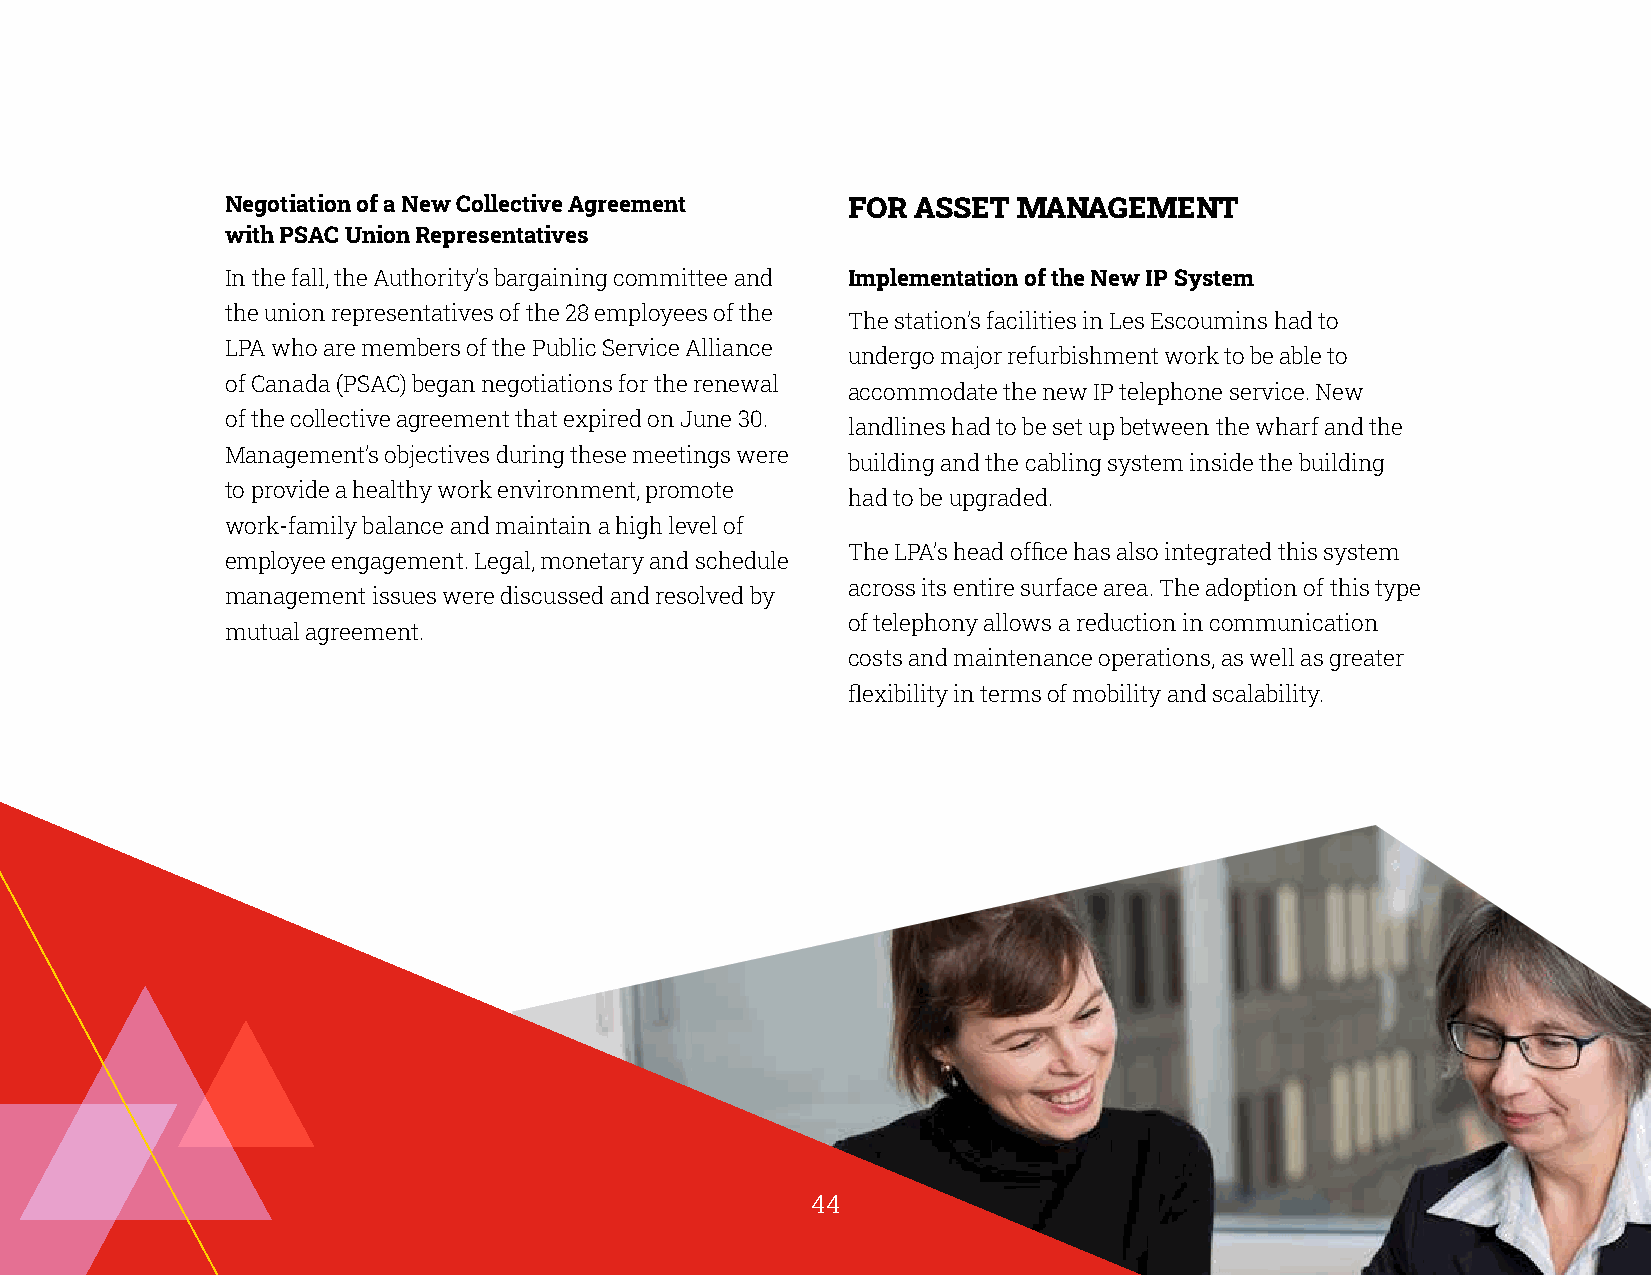
Negotiation of a New Collective Agreement FOR ASSET MANAGEMENT
 with PSAC Union Representatives
 In the fall, the Authority’s bargaining committee and Implementation of the New IP System
 the union representatives of the 28 employees of the
 The station’s facilities in Les Escoumins had to
 LPA who are members of the Public Service Alliance
 undergo major refurbishment work to be able to
 of Canada (PSAC) began negotiations for the renewal
 accommodate the new IP telephone service. New
 of the collective agreement that expired on June 30.
 landlines had to be set up between the wharf and the
 Management’s objectives during these meetings were
 building and the cabling system inside the building
 to provide a healthy work environment, promote
 had to be upgraded.
 work-family balance and maintain a high level of
 The LPA’s head office has also integrated this system
 employee engagement. Legal, monetary and schedule
 across its entire surface area. The adoption of this type
 management issues were discussed and resolved by
 of telephony allows a reduction in communication
 mutual agreement.
 costs and maintenance operations, as well as greater
 flexibility in terms of mobility and scalability.
 44      44